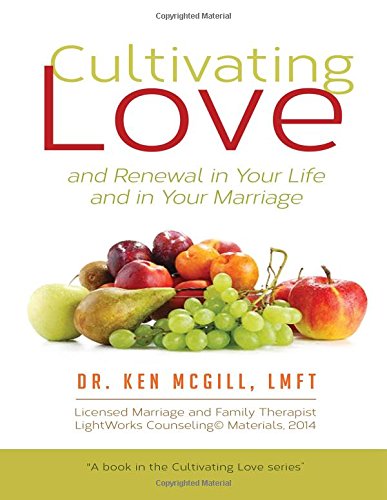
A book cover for Cultivating Love and Renewal in your Life and in your Marriage (Volume 1); Dr. Ken McGill; Health, Fitness & Dieting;